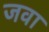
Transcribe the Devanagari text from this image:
जवा